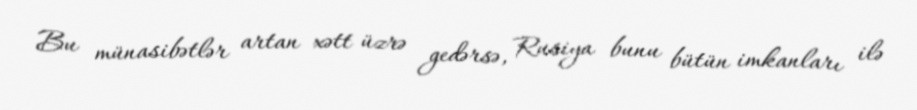
Bu münasibətlər artan xətt üzrə gedərsə, Rusiya bunu bütün imkanları ilə